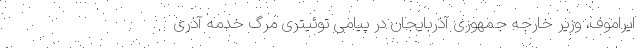
ایراموف، وزیر خارجه جمهوری آذربایجان در پیامی توئیتری مرگ خدمه آذری